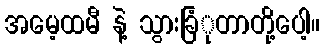
အမေ့ထမီ နဲ့ သွားခြံုတာတို့ပေါ့။